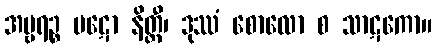
အမ္ဗရဉ္စ ပဋော နိတ္ထီ၊ ဒုဿံ စောလော စ သာဋကော။